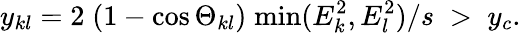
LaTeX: y_{kl}=2\; (1-\cos\Theta_{kl})\; \mathrm{min}(E_{k}^{2},E_{l}^{2})/s\; >\; y_{c}.